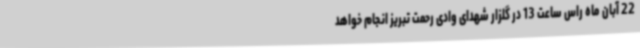
22 آبان ماه راس ساعت 13 در گلزار شهدای وادی رحمت تبریز انجام خواهد